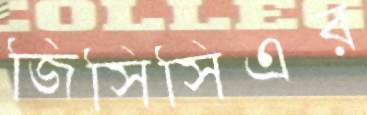
জিসিসিএর